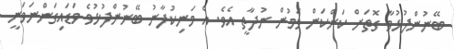
ބޭނުންފުޅުވާ ގޮތަށް ކަންކަން ވަމުން ނުދާތީ އެވެ. އެ މަނިކުފާނު ބޭނުންފުޅުވެ ވަޑައިގަންނަވަނީ